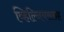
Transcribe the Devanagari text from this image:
व्हिल्नियससह